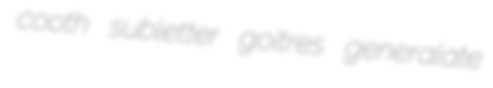
cooth subletter goitres generalate